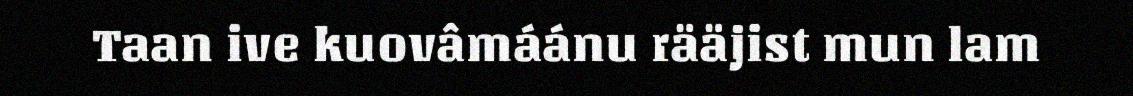
Taan ive kuovâmáánu rääjist mun lam